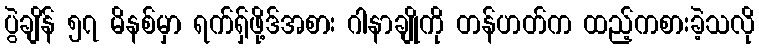
ပွဲချိန် ၅၇ မိနစ်မှာ ရက်ရှ်ဖို့ဒ်အစား ဂါနာချိုကို တန်ဟတ်က ထည့်ကစားခဲ့သလို